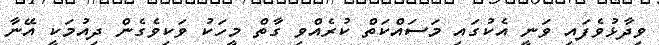
ވިދާޅުވެފައި ވަނީ އެކުގައި މަސައްކަތް ކުރެއްވި ގާތް މީހަކު ވަކިވެގެން ދިއުމަކީ އޭނާ